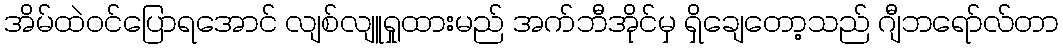
အိမ်ထဲဝင်ပြောရအောင် လျစ်လျူရှုထားမည် အက်ဘီအိုင်မှ ရှိချေတော့သည် ဂျီဘရော်လ်တာ